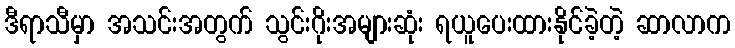
ဒီရာသီမှာ အသင်းအတွက် သွင်းဂိုးအများဆုံး ရယူပေးထားနိုင်ခဲ့တဲ့ ဆာလာက